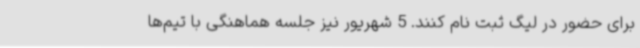
برای حضور در لیگ ثبت نام کنند. 5 شهریور نیز جلسه هماهنگی با تیم‌ها